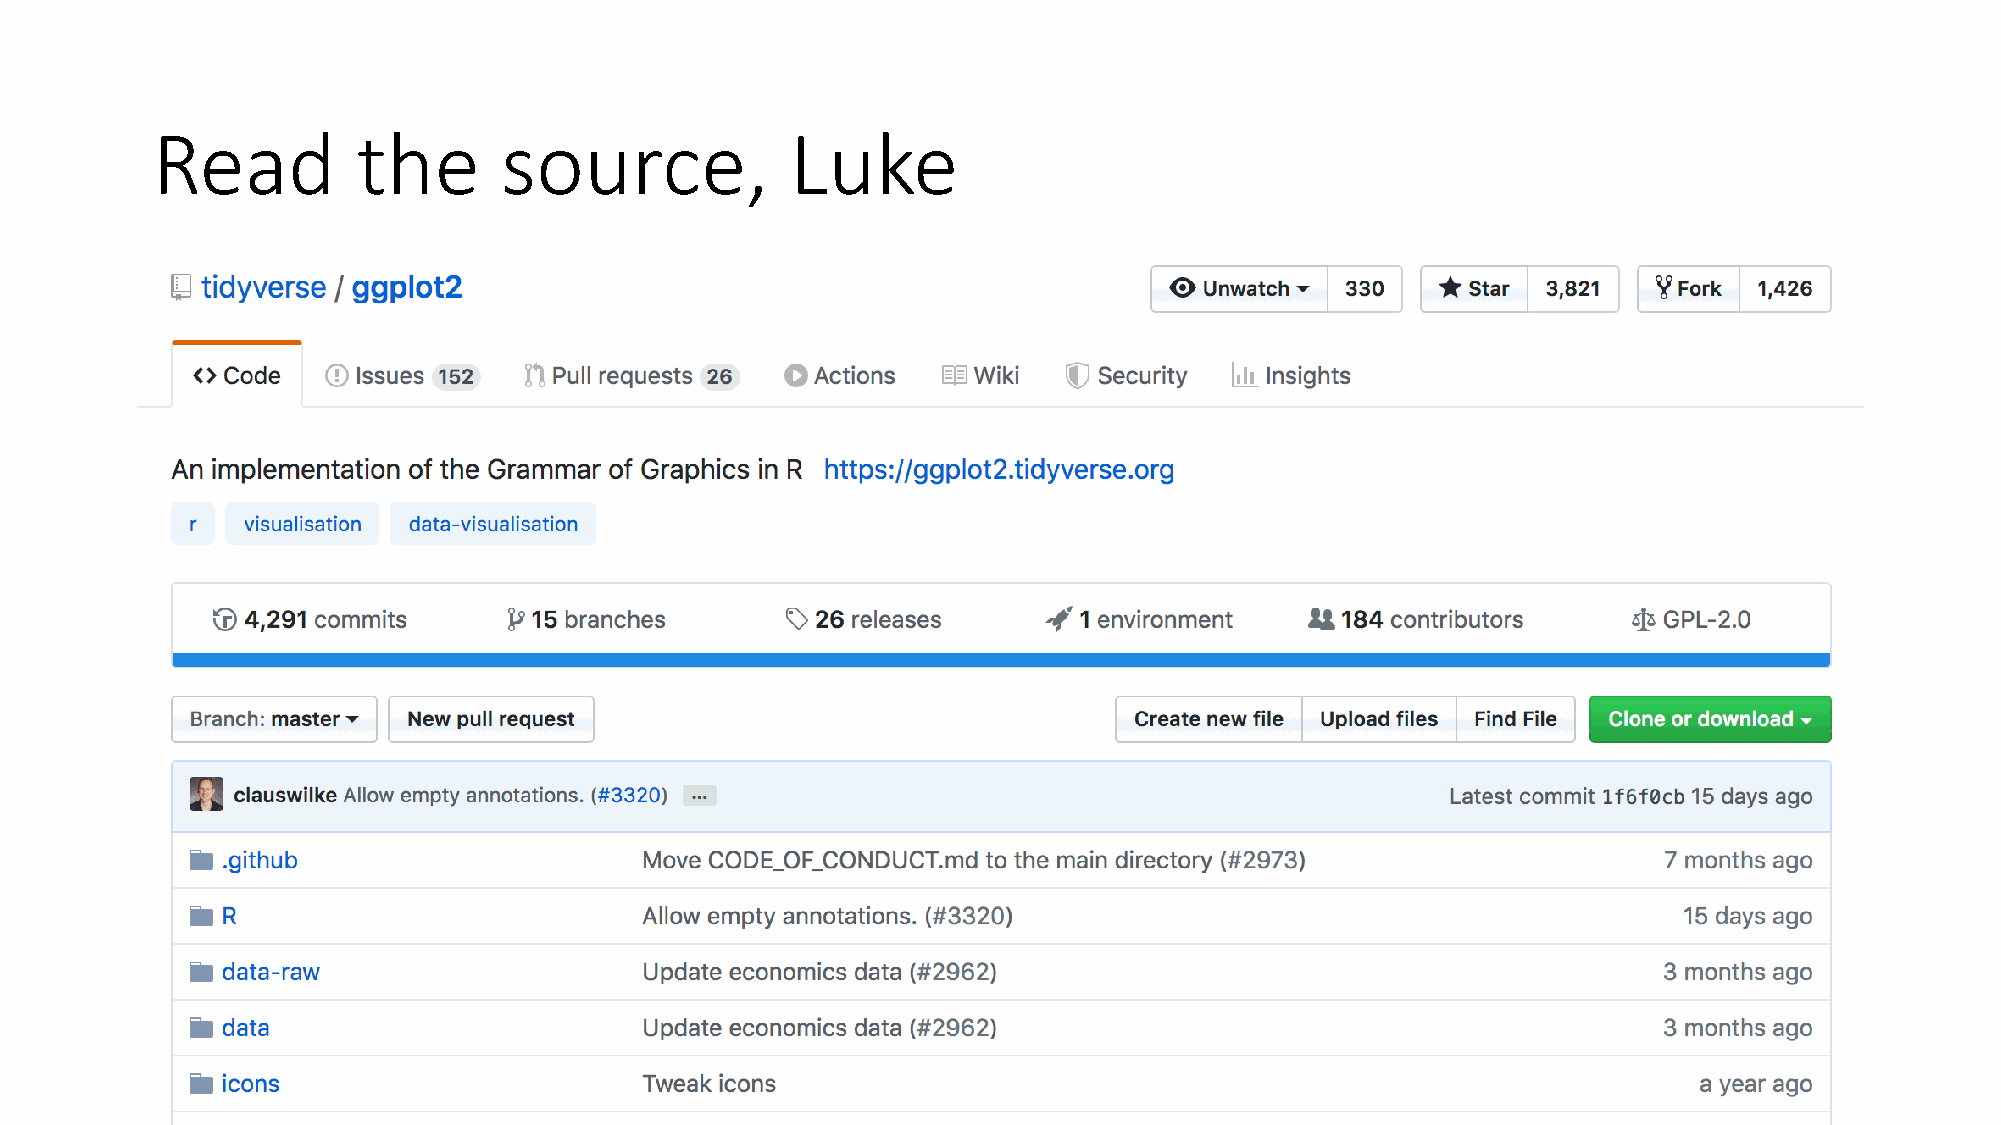
Read          the      source,            Luke